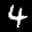
Label: 4